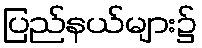
ပြည်နယ်များ၌